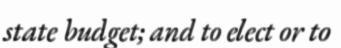
state budget; and to elect or to